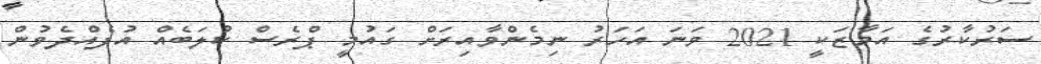
ސަރުކާރުގެ އަމާޒަކީ 2021 ވަނަ އަހަރު ނިމެންވާއިރަށް ގައުމީ ޕްރެސް ކުލަބެއް އުފެއްދެވުން